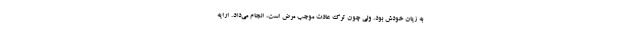
به زیان خودش بود. ولی چون ترک عادت موجب مرض است، انجام می‌داد. ارایه